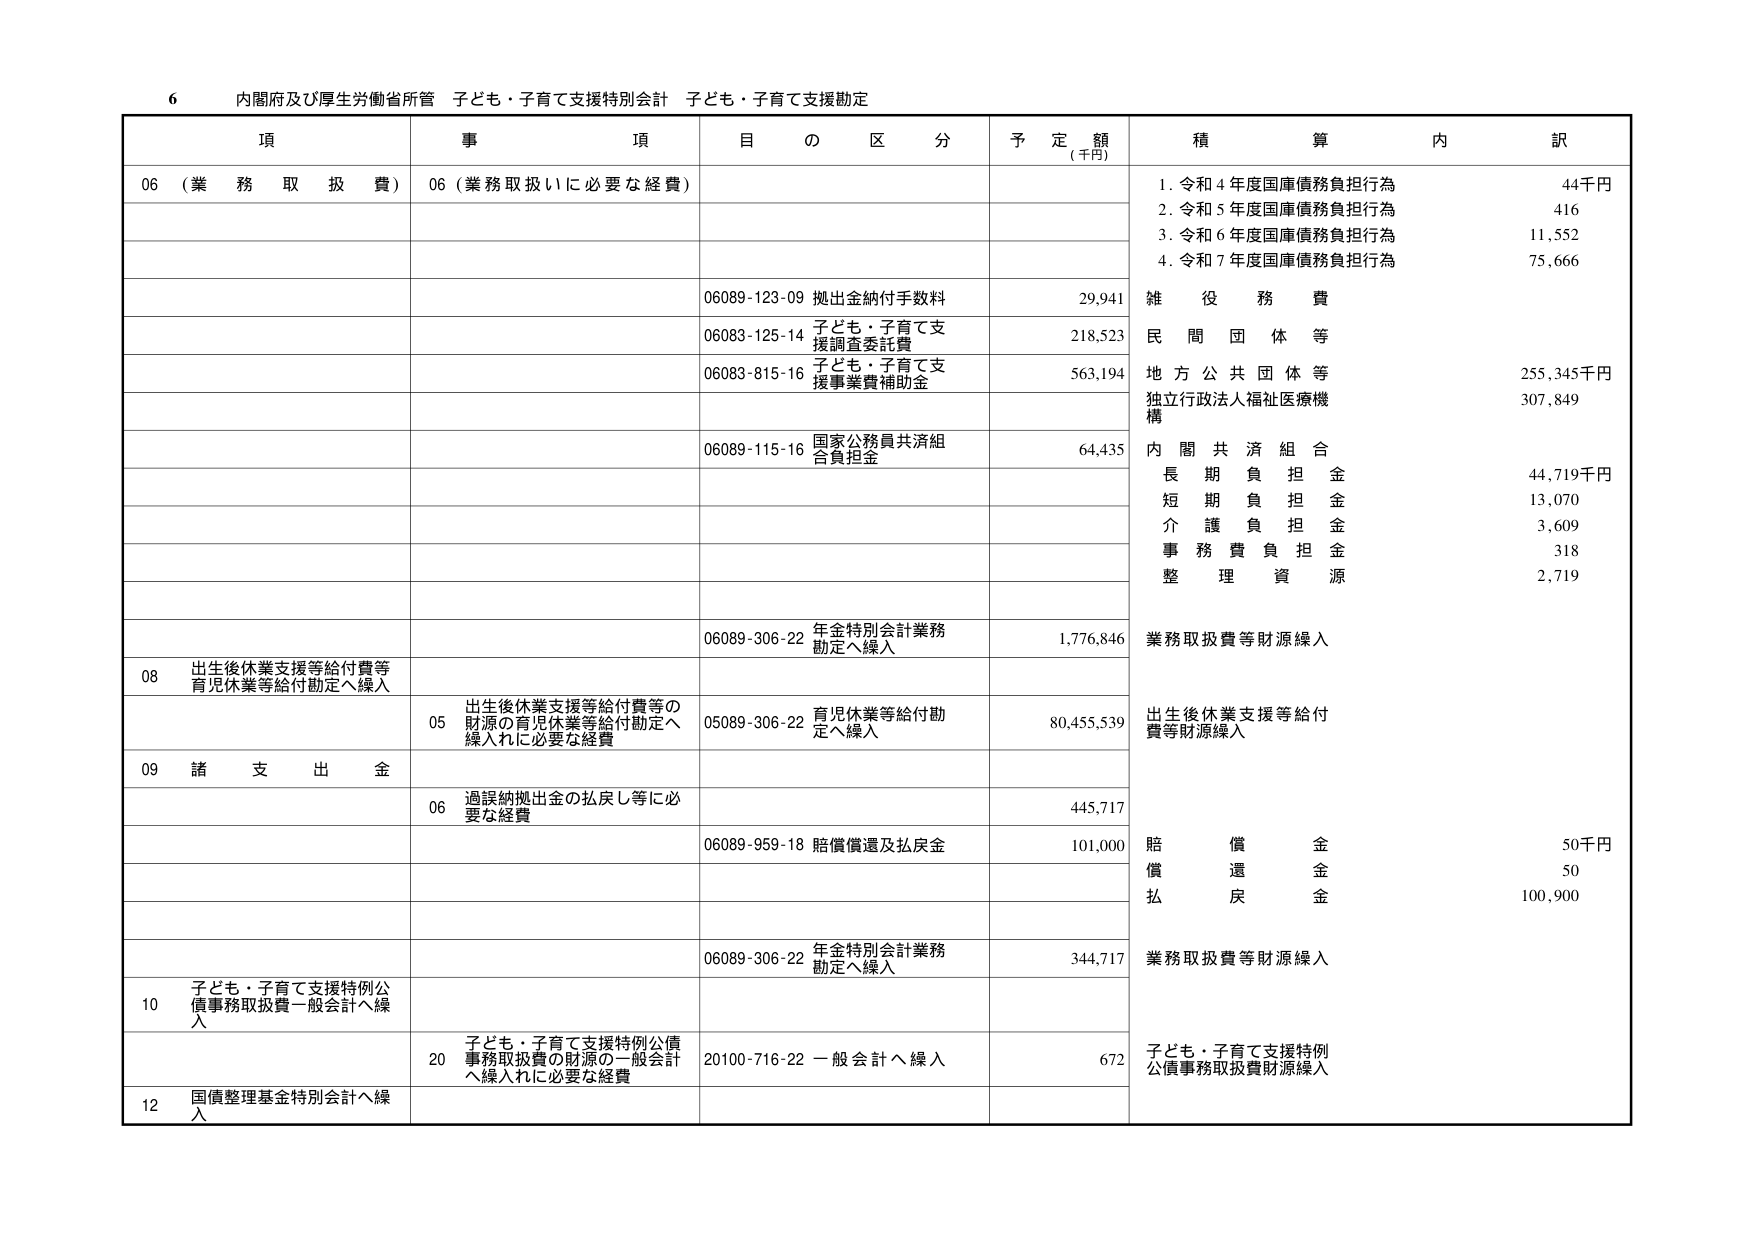
6 内閣府及び厚生労働省所管 子ども・子育て支援特別会計 子ども・子育て支援勘定

項 事 項 目 の 区 分 予 定 額 (千円) 積 算 内 訳

06 (業 務 取 扱 費) 06 (業務取扱いに必要な経費)

1. 令和4年度国庫債務負担行為 44千円
2. 令和5年度国庫債務負担行為 416
3. 令和6年度国庫債務負担行為 11,552
4. 令和7年度国庫債務負担行為 75,666

06089-123-09 拠出金納付手数料 29,941 雑 役 務 費

06083-125-14 子ども・子育て支援調査委託費 218,523 民 間 団 体 等

06083-815-16 子ども・子育て支援事業費補助金 563,194 地 方 公 共 団 体 等 255,345千円
独立行政法人福祉医療機構 307,849

06089-115-16 国家公務員共済組合負担金 64,435 内 閣 共 済 組 合
長期負担金 44,719千円
短期負担金 13,070
介護負担金 3,609
事務費負担金 318
整理資源 2,719

06089-306-22 年金特別会計業務勘定へ繰入 1,776,846 業務取扱費等財源繰入

08 出生後休業支援等給付費等 育児休業等給付勘定へ繰入

05 出生後休業支援等給付費等の財源の育児休業等給付勘定へ繰入れに必要な経費 05089-306-22 育児休業等給付勘定へ繰入 80,455,539 出生後休業支援等給付費等財源繰入

09 諸 支 出 金

06 過誤納拠出金の払戻し等に必要な経費 445,717

06089-959-18 賠償償還及払戻金 101,000 賠償金 50千円
償還金 50
払戻金 100,900

06089-306-22 年金特別会計業務勘定へ繰入 344,717 業務取扱費等財源繰入

10 子ども・子育て支援特例公債事務取扱費一般会計へ繰入

20 子ども・子育て支援特例公債事務取扱費の財源の一般会計へ繰入れに必要な経費 20100-716-22 一般会計へ繰入 672 子ども・子育て支援特例公債事務取扱費財源繰入

12 国債整理基金特別会計へ繰入